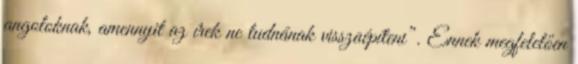
angoloknak, amennyit az írek ne tudnának visszaépíteni”. Ennek megfelelően